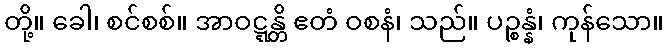
တို့။ ခေါ၊ စင်စစ်။ အာဝဋ္ဋန္တိ ဧတံ ဝစနံ၊ သည်။ ပဉ္စန္နံ၊ ကုန်သော။